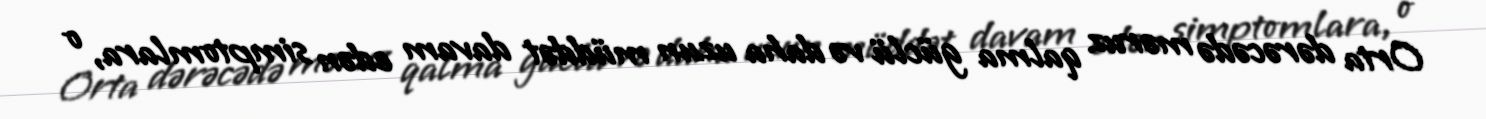
Orta dərəcədə məruz qalma güclü və daha uzun müddət davam edən simptomlara, o